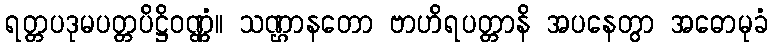
ရတ္တပဒုမပတ္တပိဋ္ဌိဝဏ္ဏံ။ သဏ္ဌာနတော ဗာဟိရပတ္တာနိ အပနေတွာ အဓောမုခံ